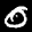
Label: 0